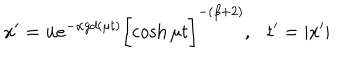
x ^ { \prime } = { \bf u } e ^ { - \alpha g d ( \mu t ) } \biggl [ \cosh { \mu t } \biggr ] ^ { - ( \beta + 2 ) } , t ^ { \prime } = | x ^ { \prime } |